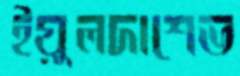
ইয়ুলদাশেভ